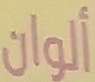
ألوان